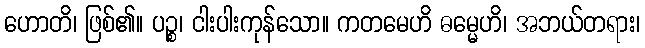
ဟောတိ၊ ဖြစ်၏။ ပဉ္စ၊ ငါးပါးကုန်သော။ ကတမေဟိ ဓမ္မေဟိ၊ အဘယ်တရား၊